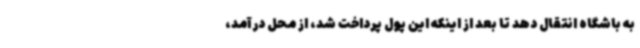
به باشگاه انتقال دهد تا بعد از اینکه این پول پرداخت شد،‌ از محل درآمد،